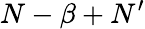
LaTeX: N-\beta+N^{\prime}